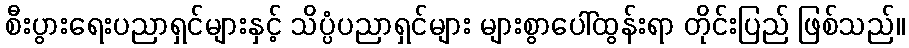
စီးပွားရေးပညာရှင်များနှင့် သိပ္ပံပညာရှင်များ များစွာပေါ်ထွန်းရာ တိုင်းပြည် ဖြစ်သည်။